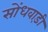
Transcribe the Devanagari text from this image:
सोंधवाड़ी